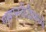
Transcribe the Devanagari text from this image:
एसएनडीटीमध्ये